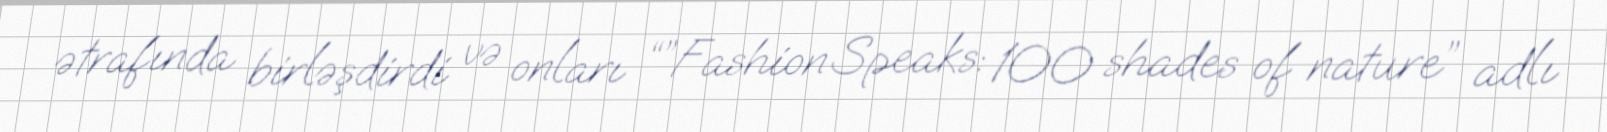
ətrafında birləşdirdi və onları “”Fashion Speaks: 100 shades of nature” adlı